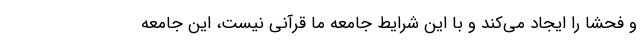
و فحشا را ایجاد می‌کند و با این شرایط جامعه ما قرآنی نیست، این جامعه